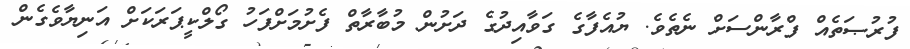
ފުރުޞަތެއް ފްރާންސަށް ނެތެވެ. ޔުއެފާގެ ގަވާއިދުގެ ދަށުން މުބާރާތް ފެށުމަށްފަހު ގޯލްކީޕަރަކަށް އަނިޔާވެގެން